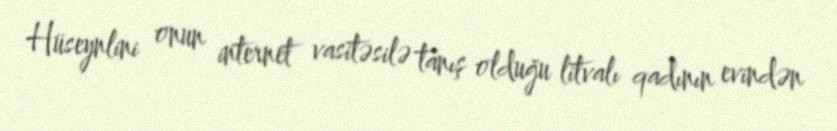
Hüseynlini onun internet vasitəsilə tanış olduğu litvalı qadının evindən